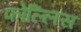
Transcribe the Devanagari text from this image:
फोल्लिस